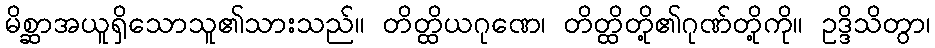
မိစ္ဆာအယူရှိသောသူ၏သားသည်။ တိတ္ထိယဂုဏေ၊ တိတ္ထိတို့၏ဂုဏ်တို့ကို။ ဥဒ္ဒိသိတွာ၊